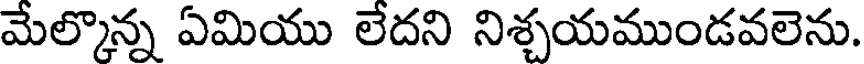
మేల్కొన్న ఏమియు లేదని నిశ్చయముండవలెను.